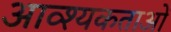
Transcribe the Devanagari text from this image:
आव्श्यकताओं